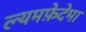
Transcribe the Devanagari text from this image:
ल्यमफ़ेदेमा